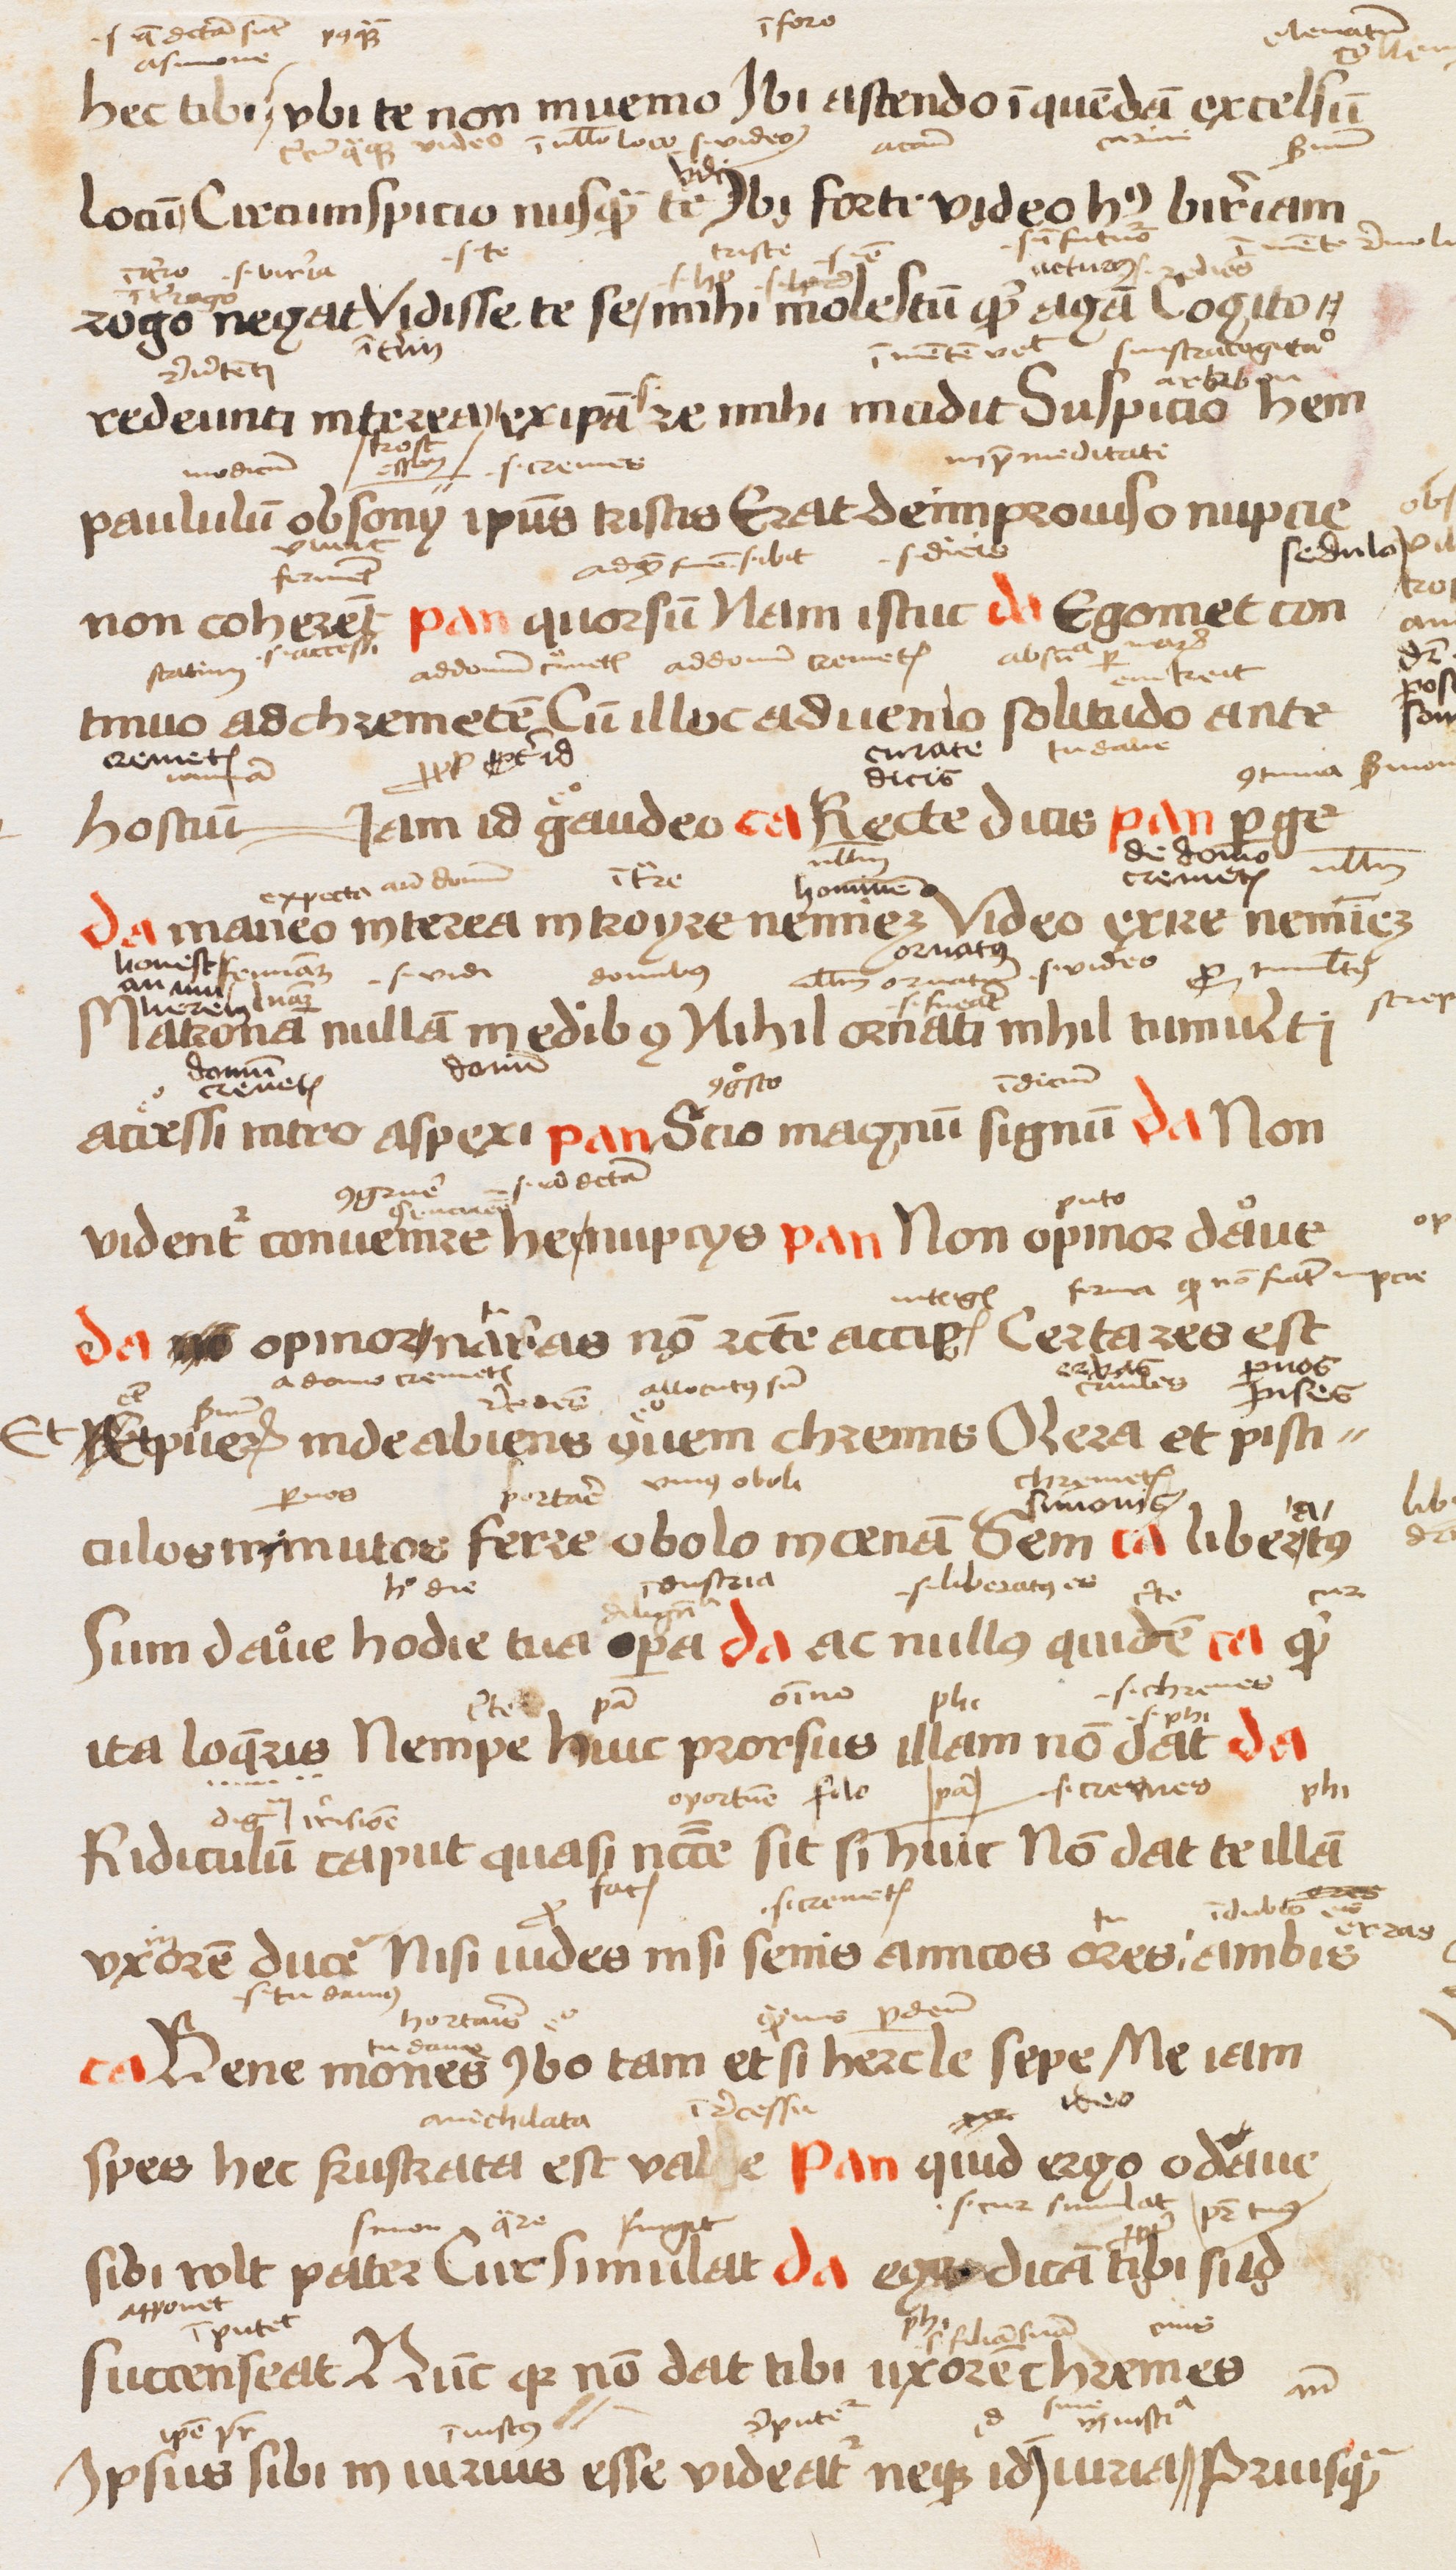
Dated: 1472–1477